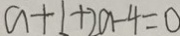
a + 1 + 2 a - 4 = 0